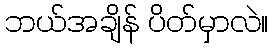
ဘယ်အချိန် ပိတ်မှာလဲ။